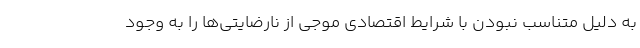
به دلیل متناسب نبودن با شرایط اقتصادی موجی از نارضایتی‌ها را به وجود